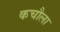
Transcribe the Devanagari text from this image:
कचौला